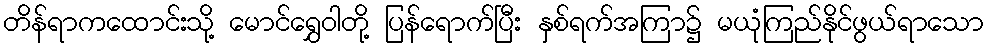
တိန်ရာကထောင်းသို့ မောင်ရွှေဝါတို့ ပြန်ရောက်ပြီး နှစ်ရက်အကြာ၌ မယုံကြည်နိုင်ဖွယ်ရာသော